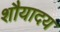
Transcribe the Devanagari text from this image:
शौयादय